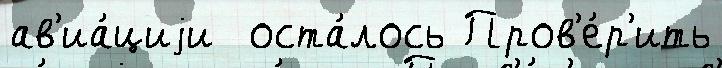
ав'иа́циjи  оста́лось Пров'е́р'ить